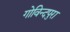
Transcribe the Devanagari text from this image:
गोविन्दपुरा